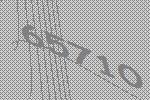
65710